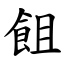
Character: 飷